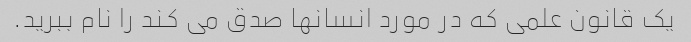
یک قانون علمی که در مورد انسانها صدق می کند را نام ببرید.